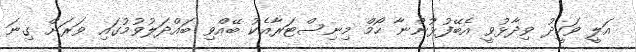
އަލީ ވަހީދު ވިދާޅުވީ އެބޭފުޅުންނާ ހޯމް މިނިސްޓަރާއެކު ބޭއްވި ބައްދަލުވުމުގައި ވަރަށް ގިނަ